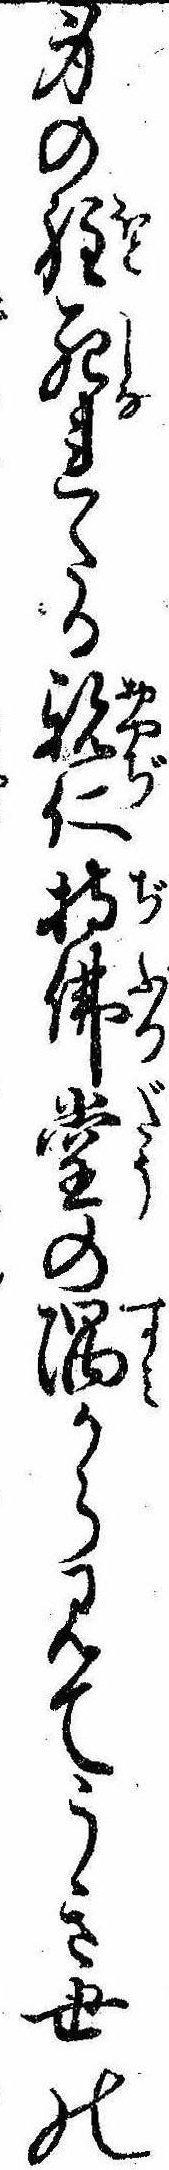
身の程死れたる親仁持仏堂の隅から見てうき世の